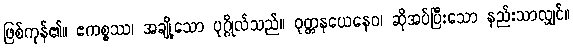
ဖြစ်ကုန်၏။ ဧကစ္စဿ၊ အချို့သော ပုဂ္ဂိုလ်သည်။ ဝုတ္တနယေနေဝ၊ ဆိုအပ်ပြီးသော နည်းသာလျှင်။